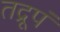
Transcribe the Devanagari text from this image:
तद्रूपं